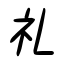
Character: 礼